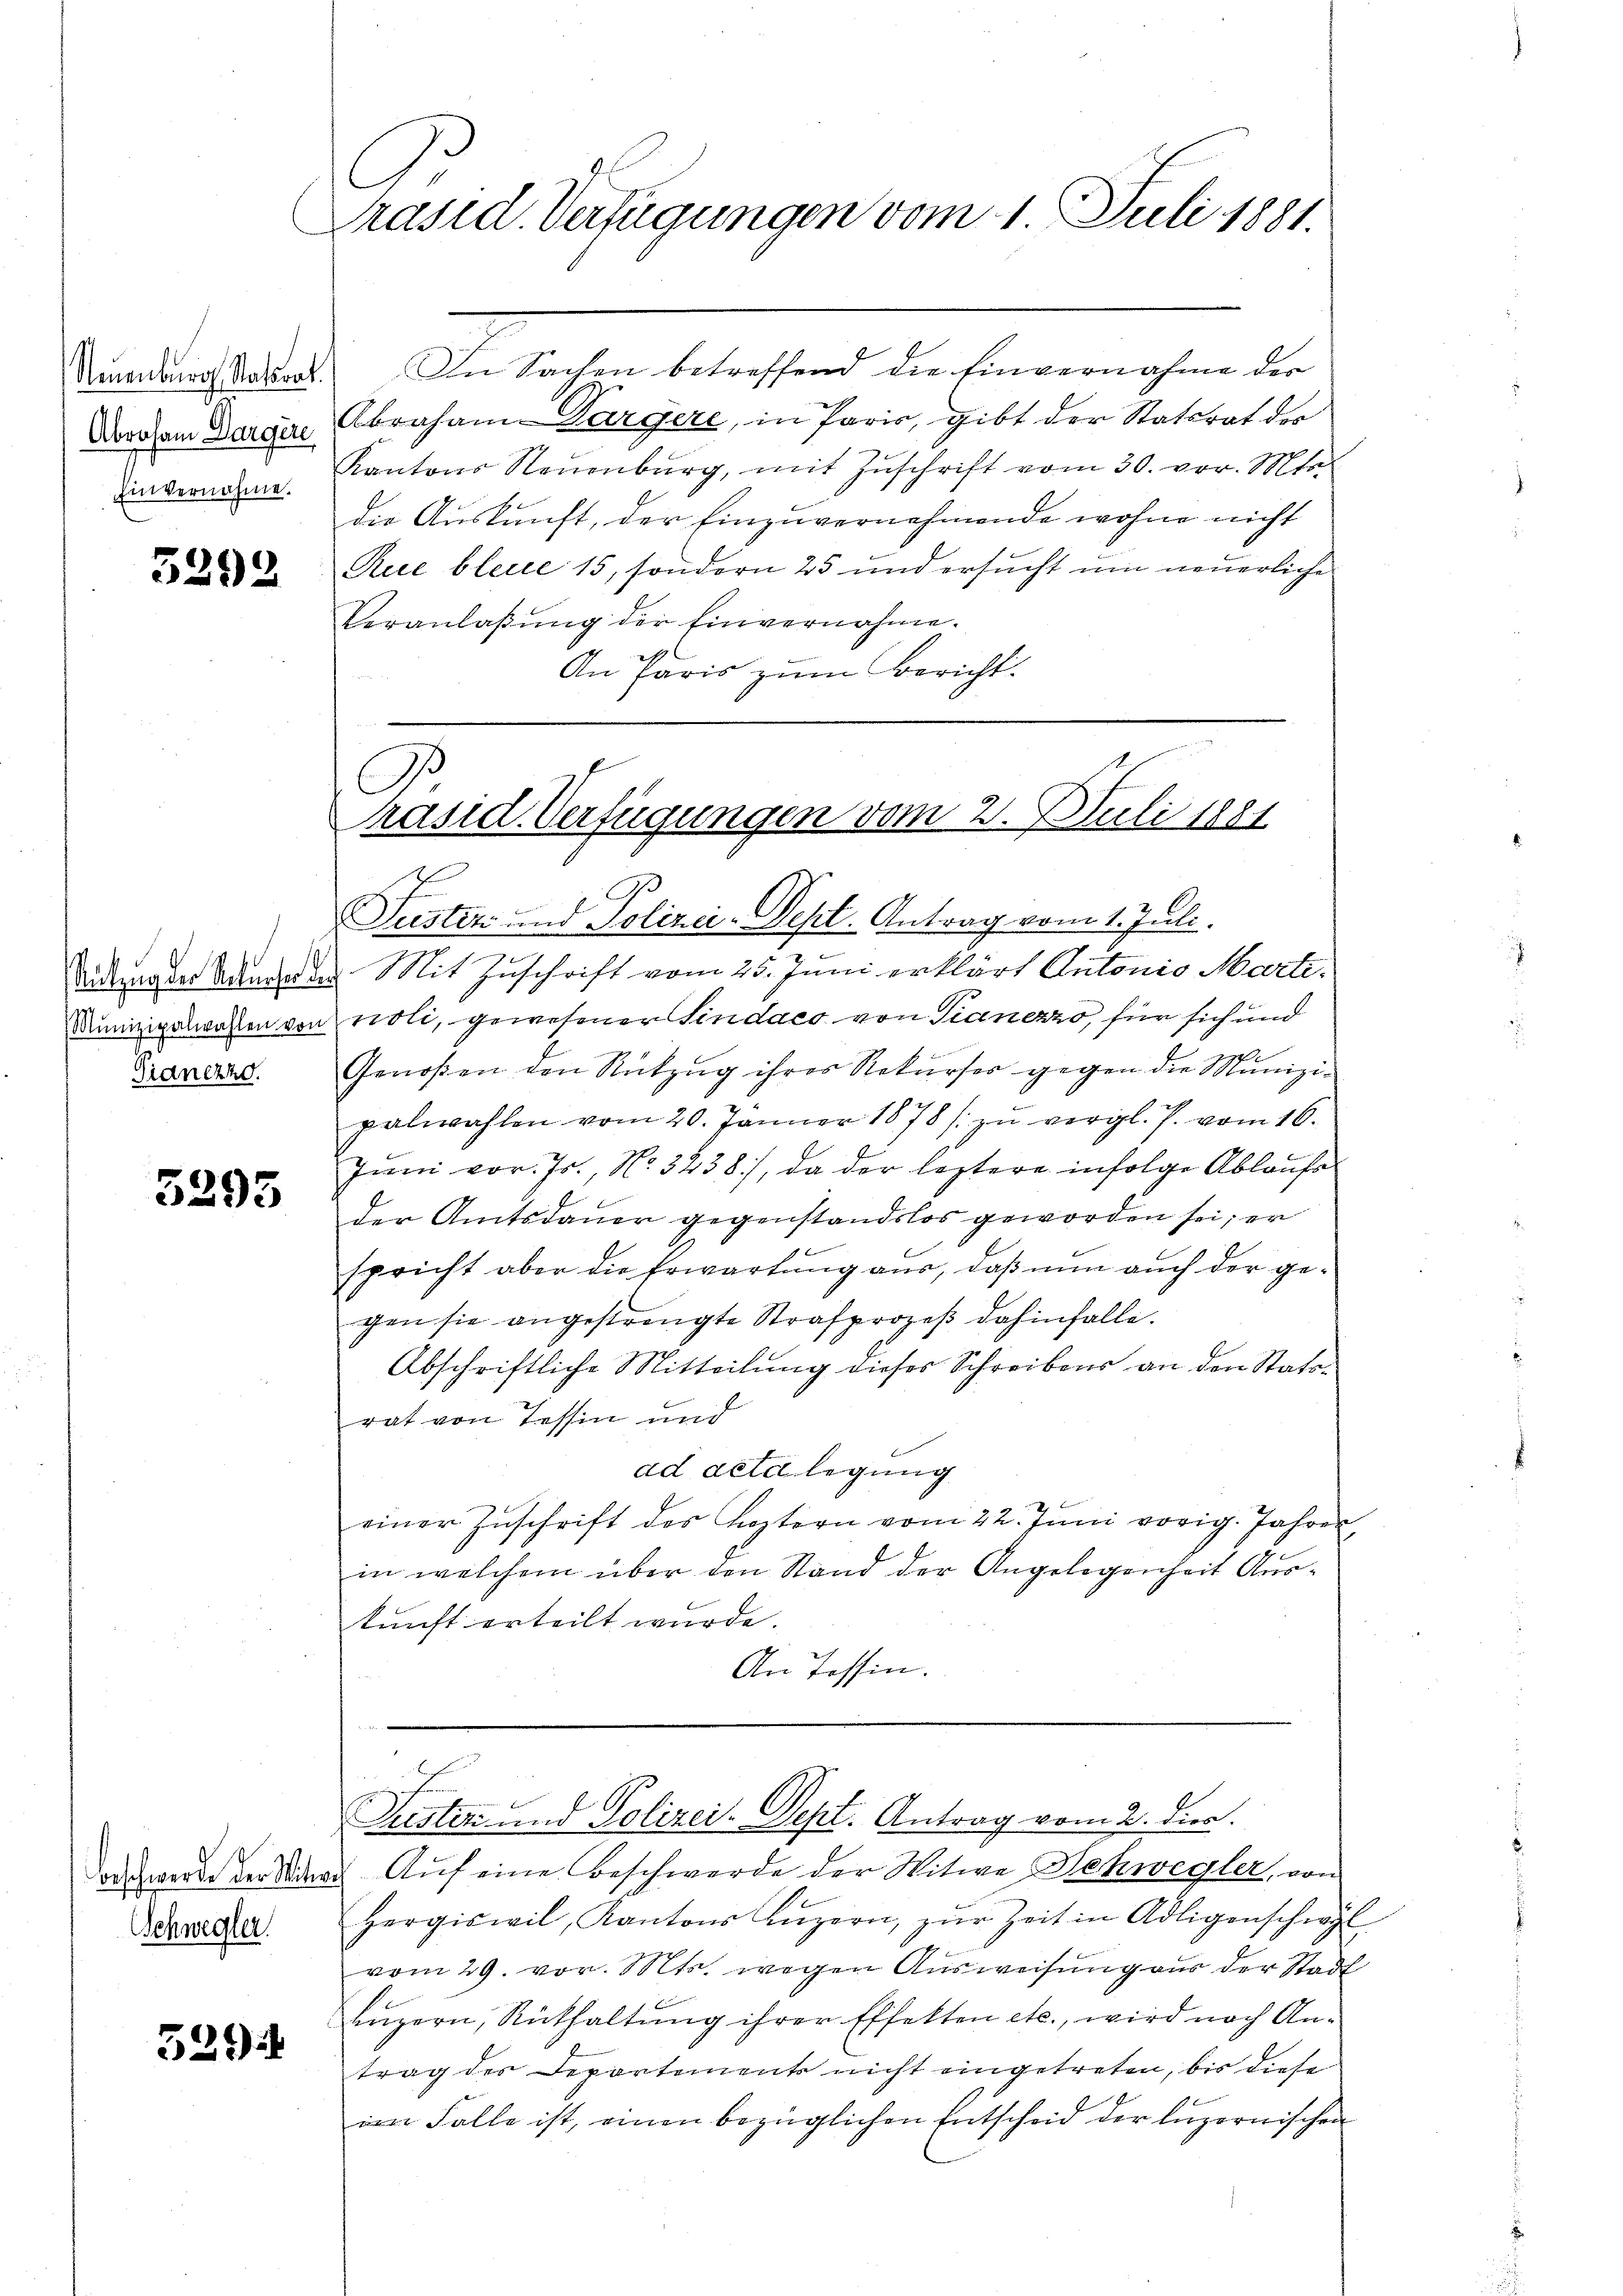
Abraham Dargere
Einvernahme.

3292

Sianezzo.

3295

Schwegler.

529.

C
Präsid. Verfügungen vom 1. Juli 1881.

räsid. Verfügungen vom 2. Juli 1881
s
Justin und Polizei-Dept. Antrag vom 1. Juli.

Neuenburg Ratsrat. In Sachen betreffend die Einvernahme der
Abraham Dargere, in Paris, gibt der Statsrat der
Kantons Neuenburg, mit Zŭschrift vom 30. vor. Mts.
die Auskunft, der Einzuvernehmende wohne nicht
Rue bleite 15, sondern 25 und ersucht um neuerliche
Veranlaβŭng der Einvernahme.
An Paris zum Bericht.
G.

Sadtmader Bundes Mit Zuschrift vom 25. Juni erklärt Antonio Marti¬
Munizipalwassen von noti, gewesener Sindaco von Pianezzo, für sich und
Genoßen den Rützŭg ihres Rekurser gegen die Munizi-
palwahlen vom 20. Jänner 1878 / zŭ vergl. J. vom 16.
Juni vor. Js., No. 3238), da der leztere infolge Ablaufe
der Amtsdauer gegenstandslos geworden sei; er
spricht aber die Erwartung aus, daß nun auch der gegen sie angestrengte Strafprozeß dahinfalle.
Abschriftliche Mitteilung dieses Schreibens an den Statsrat von Tessin und
ad deto legung
einer Zŭschrift des Leztern vom 22. Jŭni vorig. Jahren,
in welchem über den Stand der Angelegenheit Auskunft erteilt wurde.
An Tessin.

Puster und Polizei. Sept. Antrag vom 2. dies

oachwerde der Wind Auf eine Beschwerde der Witwe Schwegler, von
Hergiswil, Kantons Luzern, zŭr Zeit in Adligenschwyl
vom 29. vor. Mts. wegen Ausweisung aus der Stadt
Luzern, Rüthaltung ihrer Effekten etc., wird nach Antrag der Departements nicht eingetreten, bis diese
im Falle ist, einen bezüglichen Entscheid der luzernischen